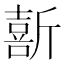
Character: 𫿽